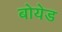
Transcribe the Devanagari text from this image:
बोयेड